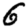
Digit: 6